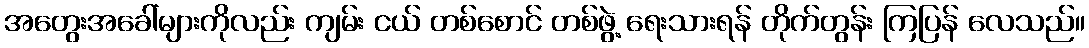
အတွေးအခေါ်များကိုလည်း ကျမ်း ငယ် တစ်စောင် တစ်ဖွဲ့ ရေးသားရန် တိုက်တွန်း ကြပြန် လေသည်။